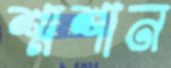
শ্মশান